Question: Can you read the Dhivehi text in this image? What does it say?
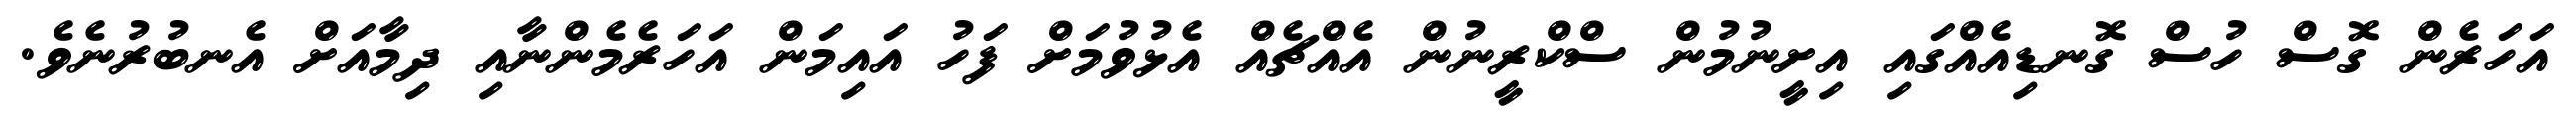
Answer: އަހަރެން ގޮސް ހުސް ގޮނޑިއެއްގައި އިށީނުމުން ސްކްރީނުން އެއްޗެއް އެޅުވުމަށް ފަހު އައިމަން އަހަރެމެންނާއި ދިމާއަށް އެނބުރުނެވެ.